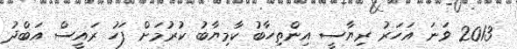
2013 ވަނަ އަހަރު ރިޔާސީ އިންތިހާބު ކާމިޔާބު ކުރުމަށް ފަހު ރައީސް އަބްދު